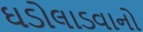
ઘડોલાડવાનો